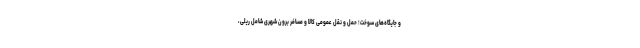
و جایگاه‌های سوخت؛ حمل و نقل عمومی کالا و مسافر برون شهری شامل ریلی،